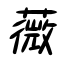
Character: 薇